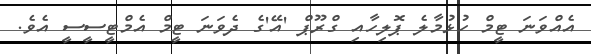
އެއްވަނަ ޓީމް ހުޅުމާލެ ޕޮލިހާއި ގްރޫޕް 'އޭ'ގެ ދެވަނަ ޓީމް އެމްޓީސީސީ އެވެ.